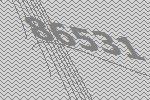
86531